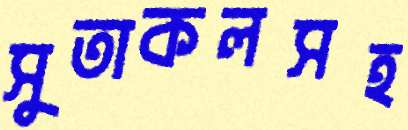
সুতাকলসহ